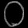
Digit: ၀